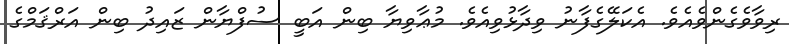
ރިވާވެގެންވެއެވެ. އެކަލޭގެފާނު ވިދާޅުވިއެވެ. މުޢާވިޔާ ބިން އަބީ ސުފްޔާން ޒައިދު ބިން އަރްޤަމްގެ